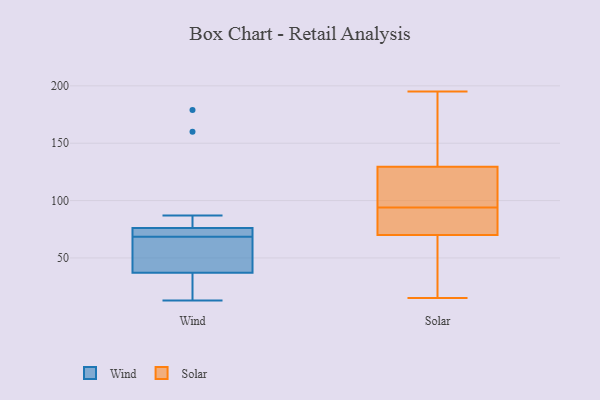
{"axis": {"x": "Shipments", "y": "Value"}, "legend": ["Solar", "Wind"], "data": [{"x": "", "y": 75, "type": "Wind"}, {"x": "", "y": 56, "type": "Wind"}, {"x": "", "y": 71, "type": "Wind"}, {"x": "", "y": 37, "type": "Wind"}, {"x": "", "y": 66, "type": "Wind"}, {"x": "", "y": 76, "type": "Wind"}, {"x": "", "y": 75, "type": "Wind"}, {"x": "", "y": 30, "type": "Wind"}, {"x": "", "y": 28, "type": "Wind"}, {"x": "", "y": 87, "type": "Wind"}, {"x": "", "y": 52, "type": "Wind"}, {"x": "", "y": 13, "type": "Wind"}, {"x": "", "y": 179, "type": "Wind"}, {"x": "", "y": 160, "type": "Wind"}, {"x": "", "y": 86, "type": "Solar"}, {"x": "", "y": 140, "type": "Solar"}, {"x": "", "y": 91, "type": "Solar"}, {"x": "", "y": 96, "type": "Solar"}, {"x": "", "y": 195, "type": "Solar"}, {"x": "", "y": 79, "type": "Solar"}, {"x": "", "y": 98, "type": "Solar"}, {"x": "", "y": 94, "type": "Solar"}, {"x": "", "y": 88, "type": "Solar"}, {"x": "", "y": 36, "type": "Solar"}, {"x": "", "y": 169, "type": "Solar"}, {"x": "", "y": 21, "type": "Solar"}, {"x": "", "y": 132, "type": "Solar"}, {"x": "", "y": 105, "type": "Solar"}, {"x": "", "y": 15, "type": "Solar"}, {"x": "", "y": 67, "type": "Solar"}, {"x": "", "y": 51, "type": "Solar"}, {"x": "", "y": 122, "type": "Solar"}, {"x": "", "y": 143, "type": "Solar"}]}